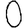
Digit: 0